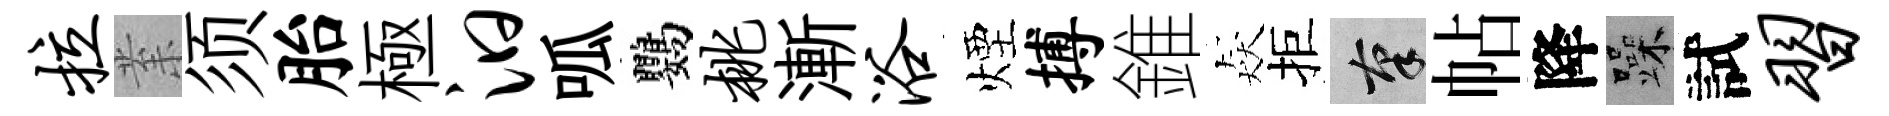
拉𭪙须胎極汩呱鸚桃漸浴煙搏錐猋拒筆帖降躁試习